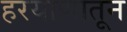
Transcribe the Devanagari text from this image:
हरयाणातून